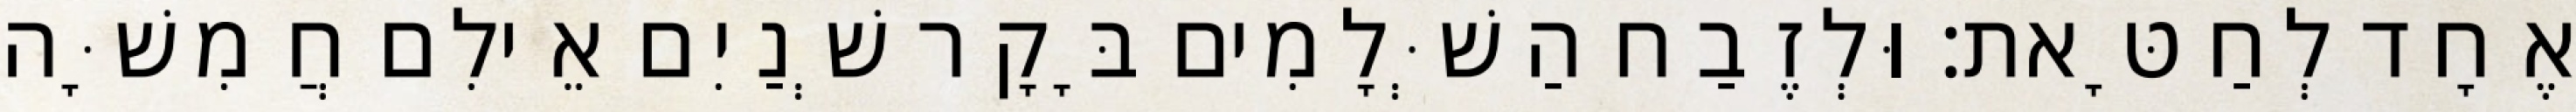
אֶחָד לְחַטָּאת׃ וּלְזֶבַח הַשְּׁלָמִים בָּקָר שְׁנַיִם אֵילִם חֲמִשָּׁה